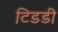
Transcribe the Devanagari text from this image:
टिडडी